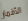
الأقمار